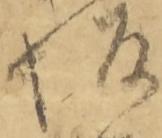
坂